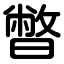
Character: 暼